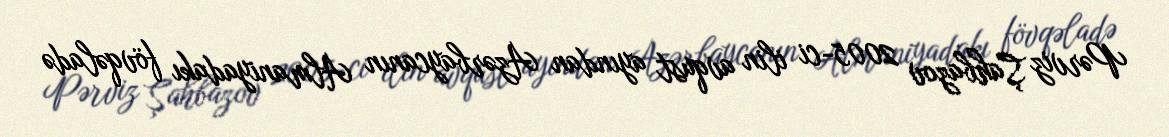
Pərviz Şahbazov 2005-ci ilin avqust ayından Azərbaycanın Almaniyadakı fövqəladə